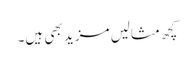
کچھ مثالیں مزید بھی ہیں۔